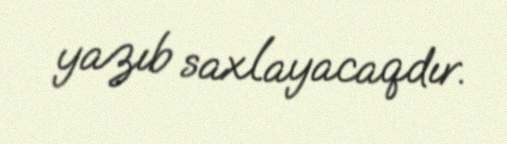
yazıb saxlayacaqdır.